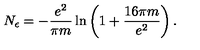
N _ { \epsilon } = - \frac { e ^ { 2 } } { \pi m } \ln \left( 1 + \frac { 1 6 \pi m } { e ^ { 2 } } \right) .